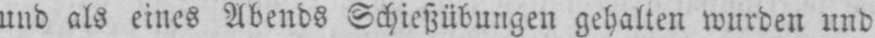
und als eines Abends Schießübungen gehalten wurden und